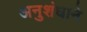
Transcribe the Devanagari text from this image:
अनुशंघाने